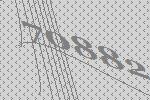
70882